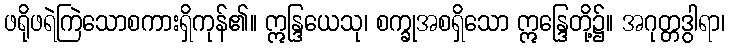
ဖရိုဖရဲကြဲသောစကားရှိကုန်၏။ ဣန္ဒြယေသု၊ စက္ခုအစရှိသော ဣန္ဒြေတို့၌။ အဂုတ္တဒွါရာ၊